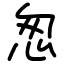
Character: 怱